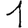
Digit: 1